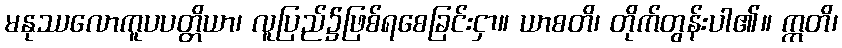
မနုဿလောကူပပတ္တိယာ၊ လူပြည်၌ဖြစ်ရစေခြင်းငှာ။ ယာစတိ၊ တိုက်တွန်းပါ၏။ ဣတိ၊